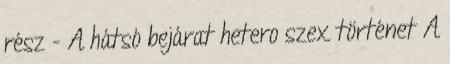
rész - A hátsó bejárat hetero szex történet A